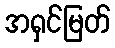
အရှင်မြတ်